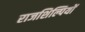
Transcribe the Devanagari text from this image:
राजशिल्पियों